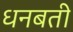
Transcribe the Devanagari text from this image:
धनबती